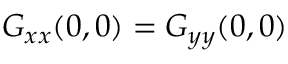
G _ { x x } ( 0 , 0 ) = G _ { y y } ( 0 , 0 )